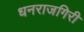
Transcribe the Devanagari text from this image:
धनराजगिरी